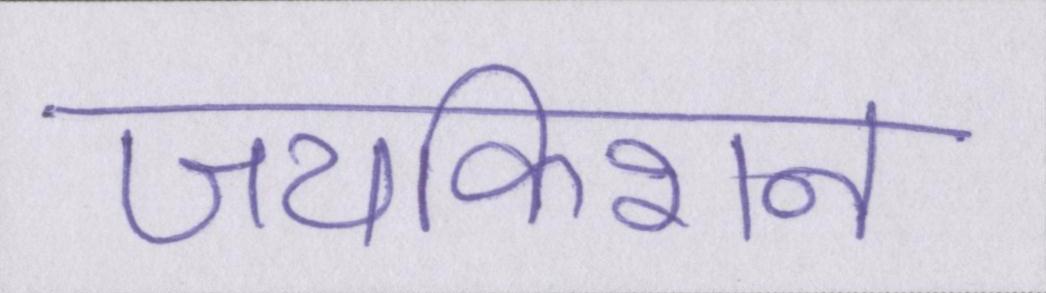
जयकिशन